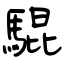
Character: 騉